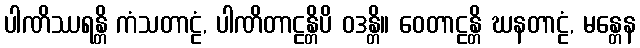
ပါဏိဿရန္တိ ကံသတာဠံ, ပါဏိတာဠန္တိပိ ဝဒန္တိ။ ဝေတာဠန္တိ ဃနတာဠံ, မန္တေန